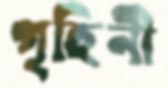
গৃহিনী